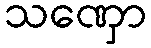
သဏှော